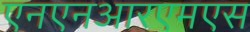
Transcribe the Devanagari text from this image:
एनएनआरएमएस